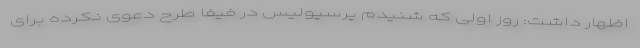
اظهار داشت: روز اولی که شنیدم پرسپولیس در فیفا طرح دعوی نکرده برای